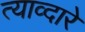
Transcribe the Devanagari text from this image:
त्याव्दारे